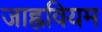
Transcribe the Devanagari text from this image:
जाह्नवियम